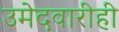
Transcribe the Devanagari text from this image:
उमेदवारीही